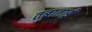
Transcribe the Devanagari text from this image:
तबाताई